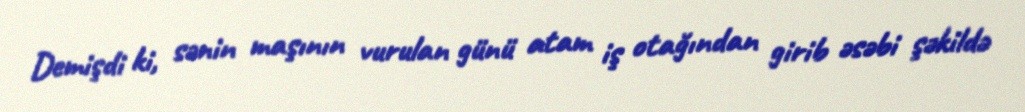
Demişdi ki, sənin maşının vurulan günü atam iş otağından girib əsəbi şəkildə